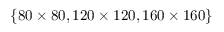
\{ 8 0 \times 8 0 , 1 2 0 \times 1 2 0 , 1 6 0 \times 1 6 0 \}